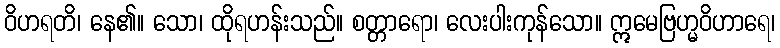
ဝိဟရတိ၊ နေ၏။ သော၊ ထိုရဟန်းသည်။ စတ္တာရော၊ လေးပါးကုန်သော။ ဣမေဗြဟ္မဝိဟာရေ၊